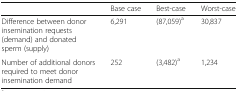
<table><thead><tr><td></td><td><b>Base case</b></td><td><b>Best-case</b></td><td><b>Worst-case</b></td></tr></thead><tbody><tr><td>Difference between donor insemination requests (demand) and donated sperm (supply)</td><td>6,291</td><td>(87,059)<sup>a</sup></td><td>30,837</td></tr><tr><td>Number of additional donors required to meet donor insemination demand</td><td>252</td><td>(3,482)<sup>a</sup></td><td>1,234</td></tr></tbody></table>